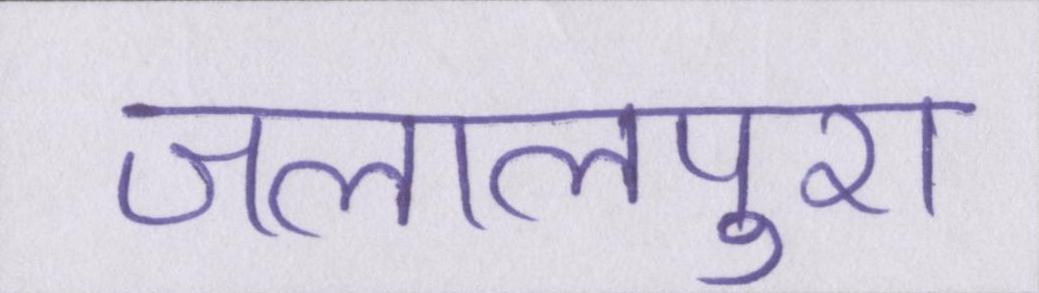
जलालपुरा